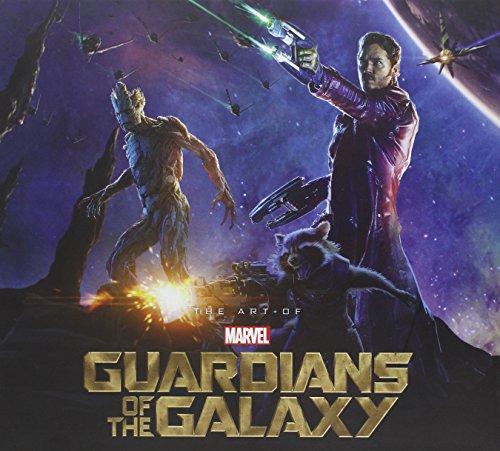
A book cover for Marvel's Guardians of the Galaxy: The Art of the Movie; Marvel Comics; Arts & Photography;